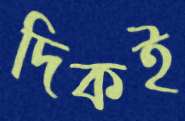
দিকই